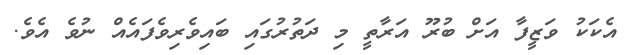
އެކަކު ވަޒީފާ އަށް ބުރޫ އަރާތީ މި ދަތުރުގައި ބައިވެރިވެފައެއް ނުވެ އެވެ.